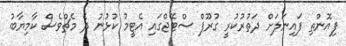
ފިއޮންތި ފައިނަލަށް ދަތުރުކުރީ ގުރޫޕް ސްޓޭޖްގައި އެޓީމު ކުޅުނު ދެ މެޗްވެސް ކާމިޔާބު